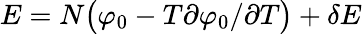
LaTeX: E=N\big(\varphi_{0}-T\partial\varphi_{0}/\partial T\big)+\delta E